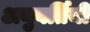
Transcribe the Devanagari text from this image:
अनुवर्तिनी